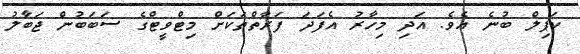
ކަޕިލް ބުނެ އެވެ. އަދި މިހާރު އެފަދަ ފަރާތްތަކަށް މިޓްވީޓްގެ ސަބަބުން ޖަބާލު